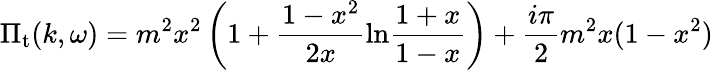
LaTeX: \Pi_{\mathrm{t}}(k,\omega)=m^{2}x^{2}\left(1+\frac{1-x^{2}}{2x}\mathrm{ln}\frac{1+x}{1-x}\right)+{\frac{i\pi}{2}}m^{2}x(1-x^{2})